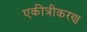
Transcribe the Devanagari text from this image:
एकीत्रीकरण